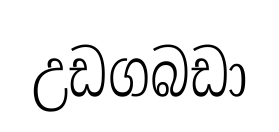
උඩගබඩා